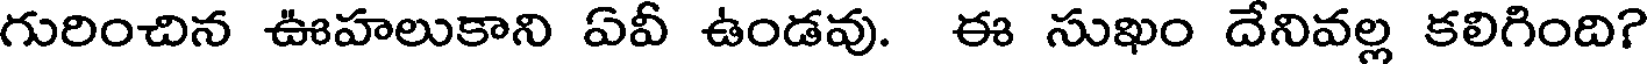
గురించిన ఊహలుకాని ఏవీ ఉండవు. ఈ సుఖం దేనివల్ల కలిగింది?